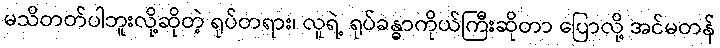
မသိတတ်ပါဘူးလို့ဆိုတဲ့ ရုပ်တရား၊ လူရဲ့ ရုပ်ခန္ဓာကိုယ်ကြီးဆိုတာ ပြောလို့ အင်မတန်